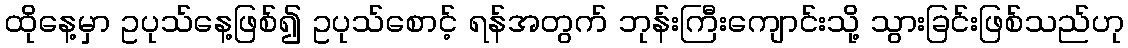
ထိုနေ့မှာ ဥပုသ်နေ့ဖြစ်၍ ဥပုသ်စောင့် ရန်အတွက် ဘုန်းကြီးကျောင်းသို့ သွားခြင်းဖြစ်သည်ဟု